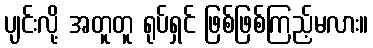
ပျင်းလို့ အတူတူ ရုပ်ရှင် ဖြစ်ဖြစ်ကြည့်မလား။